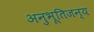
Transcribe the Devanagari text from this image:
अनुभूतिजन्य